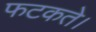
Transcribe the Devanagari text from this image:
फटकते।